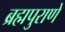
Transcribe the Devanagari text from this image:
ब्रह्मपुराणे